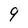
Character: 9